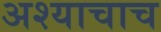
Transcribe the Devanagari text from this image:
अश्याचाच